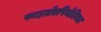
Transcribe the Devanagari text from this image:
फाइब्रोएपिथेलियल